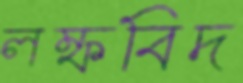
লম্ফবিদ